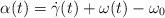
LaTeX: \begin{align*}\alpha(t) =\dot{\gamma}(t) + \omega(t)-\omega_0\end{align*}